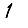
Digit: 1